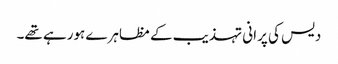
دیس کی پرانی تہذیب کے مظاہرے ہورہے تھے۔